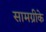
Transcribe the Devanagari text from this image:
सामग्रीके